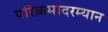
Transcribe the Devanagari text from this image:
परिक्रमादरम्यान